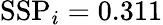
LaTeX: \mathrm{SSP}_{i}=0.311